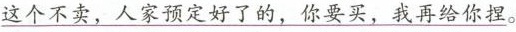
\underline{这个不卖，人家预定好了的，你要买，我给你捏。}